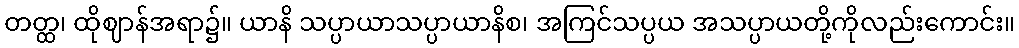
တတ္ထ၊ ထိုဈာန်အရာ၌။ ယာနိ သပ္ပာယာသပ္ပာယာနိစ၊ အကြင်သပ္ပယ အသပ္ပာယတို့ကိုလည်းကောင်း။